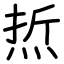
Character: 焎